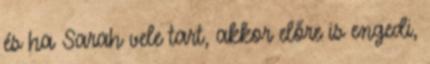
és ha Sarah vele tart, akkor előre is engedi,